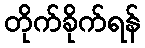
တိုက်ခိုက်ရန်